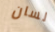
لسان